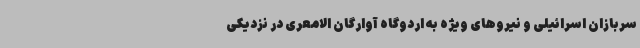
سربازان اسرائیلی و نیروهای ویژه به اردوگاه آوارگان الامعری در نزدیکی